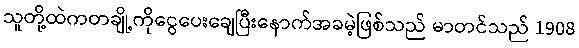
သူတို့ထဲကတချို့ကိုငွေပေးချေပြီးနောက်အခမဲ့ဖြစ်သည် မာတင်သည် 1908